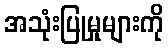
အသုံးပြုမှုများကို